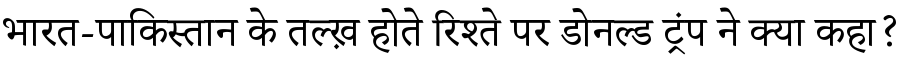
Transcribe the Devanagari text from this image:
भारत-पाकिस्तान के तल्ख़ होते रिश्ते पर डोनल्ड ट्रंप ने क्या कहा?